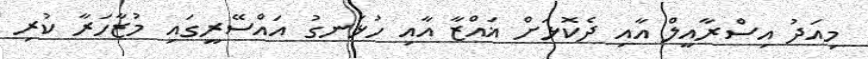
މިއަދު އިސްރާއީލް އާއި ދެކޮޅަށް ޣައްޒާ އާއި ހުޅަނގު އައްސޭރީގައި މުޒާހަރާ ކުރި